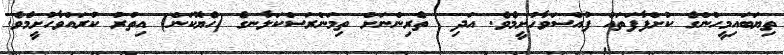
ތިޔަބައިމީހުންގެ ކުށްފާފަތައް ފުއްސަވާހުށީމެވެ. އަދި  ތެރިންނަށް ތިމަންރަސްކަލާނގެ (ހެޔޮކަން) އިތުރު ކުރައްވާހުށީމެވެ.